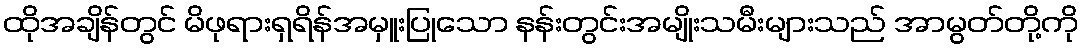
ထိုအချိန်တွင် မိဖုရားရှရိန်အမှူးပြုသော နန်းတွင်းအမျိုးသမီးများသည် အာမွတ်တို့ကို